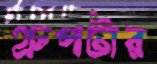
গ্রুপটার